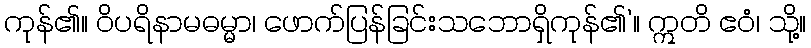
ကုန်၏။ ဝိပရိနာမဓမ္မာ၊ ဖောက်ပြန်ခြင်းသဘောရှိကုန်၏’။ ဣတိ ဧဝံ၊ သို့။